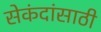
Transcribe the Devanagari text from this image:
सेकंदांसाठी